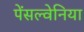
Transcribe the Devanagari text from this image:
पेंसल्वेनिया